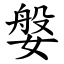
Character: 媻